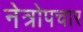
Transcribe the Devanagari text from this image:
नेत्रोपचार